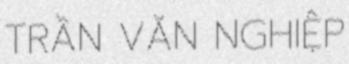
TRẦN VĂN NGHIỆP